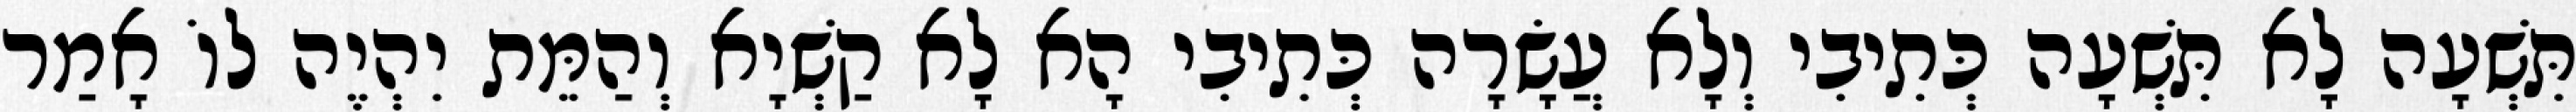
תִּשְׁעָה לָא תִּשְׁעָה כְּתִיבִי וְלָא עֲשָׂרָה כְּתִיבִי הָא לָא קַשְׁיָא וְהַמֵּת יִהְיֶה לוֹ אָמַר